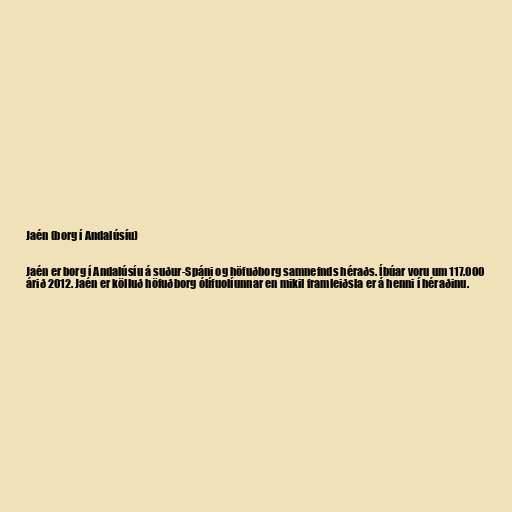
Jaén (borg í Andalúsíu)

Jaén er borg í Andalúsíu á suður-Spáni og höfuðborg samnefnds héraðs. Íbúar voru um 117.000
árið 2012. Jaén er kölluð höfuðborg ólífuolíunnar en mikil framleiðsla er á henni í héraðinu.